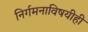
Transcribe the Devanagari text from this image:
निर्गमनाविषयीही